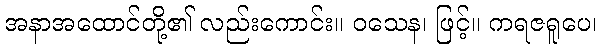
အနာအထောင်တို့၏ လည်းကောင်း။ ဝသေန၊ ဖြင့်။ ကရဇရူပေ၊